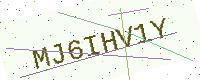
Text: MJ6IHV1Y